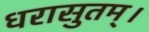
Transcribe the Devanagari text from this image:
धरासुतम्।